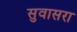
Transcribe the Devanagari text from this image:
सुवासरा